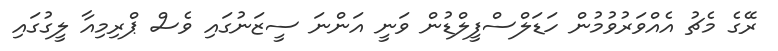
ރޭގެ މެޗު އެއްވަރުވުމުން ހަޑަލްސްފީލްޑުން ވަނީ އަންނަ ސީޒަނުގައި ވެސް ޕްރިމިއާ ލީގުގައި